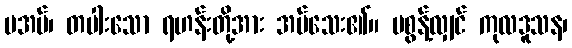
မအပ်၊ တပါးသော ရဟန်းတို့အား အပ်သေး၏။ မစွန့်လျှင် ကုလဒူသန၊